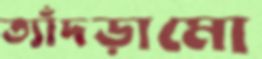
ত্যাঁদড়ামো